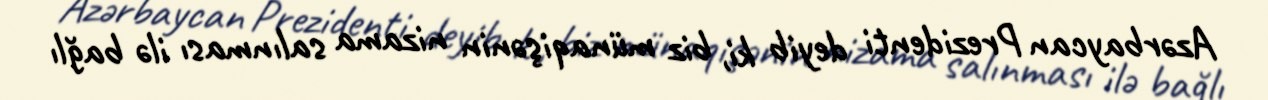
Azərbaycan Prezidenti deyib ki, biz münaqişənin nizama salınması ilə bağlı